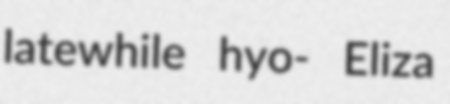
latewhile hyo- Eliza